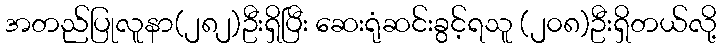
အတည်ပြုလူနာ(၂၈၂)ဦးရှိပြီး ဆေးရုံဆင်းခွင့်ရသူ (၂၀၈)ဦးရှိတယ်လို့